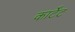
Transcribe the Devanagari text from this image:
कार्टेट